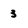
Character: 3